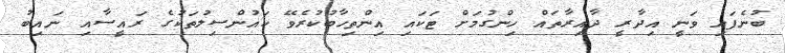
ބުނެފައި ވަނީ އިދާރީ ދާއިރާތައް ހިންގުމަށް ޓަކައި އިންތިހާބުކުރެވޭ ކައުންސިލުތަކުގެ ރައީސާއި ނައިބު